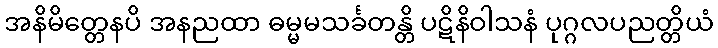
အနိမိတ္တေနပိ အနညထာ ဓမ္မမသင်္ခတန္တိ ပဋိနိဝါသနံ ပုဂ္ဂလပညတ္တိယံ